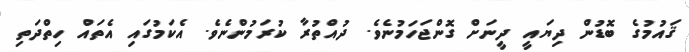
ޤައުމުގެ ބޮޑުން ދިޔައީ ދީނަށް ގޮންޖަހަމުނެވެ. ދުއްތުރާ ކުރަމުންނެވެ. އެކަމުގައި އެތައް ހިތްދަތި